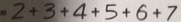
= 2 + 3 + 4 + 5 + 6 + 7